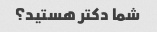
شما دکتر هستید؟